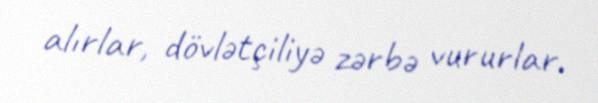
alırlar, dövlətçiliyə zərbə vururlar.